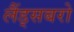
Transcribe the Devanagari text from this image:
लैंड्सबरो